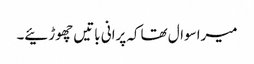
میراسوال تھاکہ پرانی باتیں چھوڑئیے۔